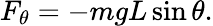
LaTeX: F_{\theta}=-mgL\sin\theta.